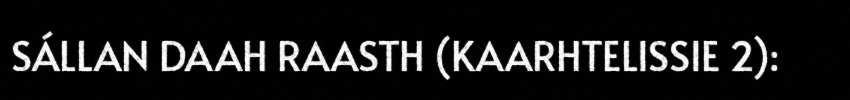
SÁLLAN DAAH RAASTH (KAARHTELISSIE 2):